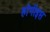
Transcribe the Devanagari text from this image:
होगीइस